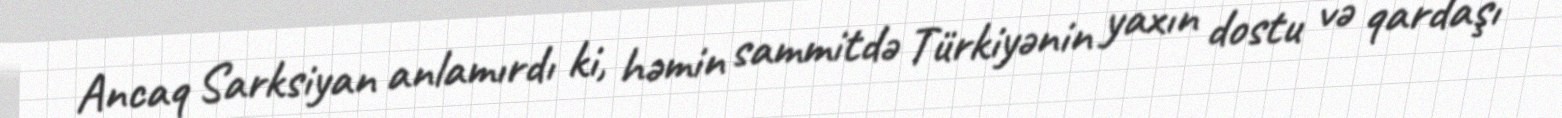
Ancaq Sarksiyan anlamırdı ki, həmin sammitdə Türkiyənin yaxın dostu və qardaşı